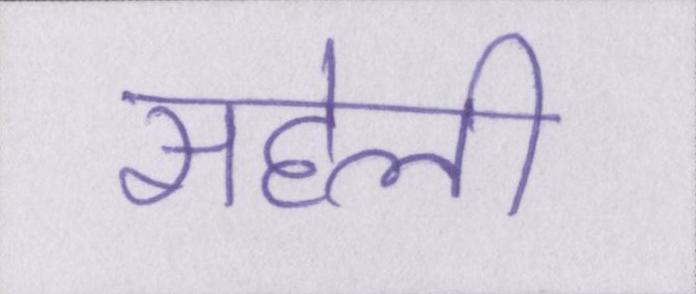
सहेली